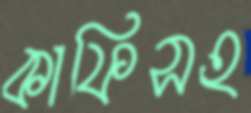
কাফিসহ